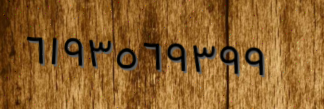
٦١٩٣٥٦٩٣٩٩